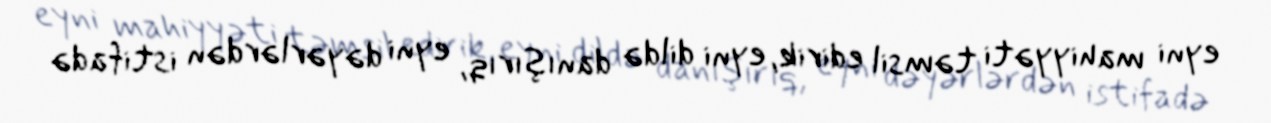
eyni mahiyyəti təmsil edirik, eyni dildə danışırıq, eyni dəyərlərdən istifadə